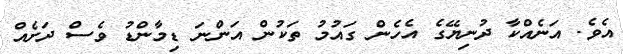
އެވެ. އަނެއްކާ ދުނިޔޭގެ އެހެން ގައުމު ތަކުން އަންނަ ޑިމާންޑު ވެސް ދަށެއް